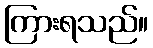
ကြားရသည်။